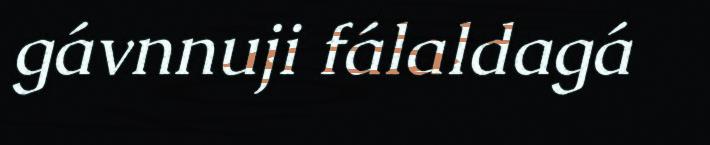
gávnnuji fálaldagá